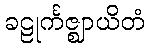
ခဠုင်္ကဇ္ဈာယိတံ